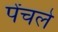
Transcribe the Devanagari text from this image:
पेंचले